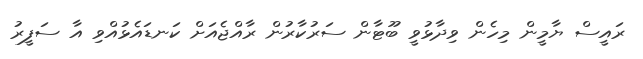
ރައީސް ޔާމީން މިހެން ވިދާޅުވީ ބޫޓާން ސަރުކާރުން ރާއްޖެއަށް ކަނޑައެޅުއްވި އާ ސަފީރު